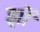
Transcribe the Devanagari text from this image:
झ़ों